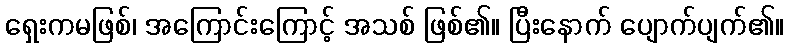
ရှေးကမဖြစ်၊ အကြောင်းကြောင့် အသစ် ဖြစ်၏။ ပြီးနောက် ပျောက်ပျက်၏။